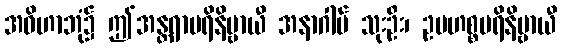
အဝိဟာဘုံ၌ ဤအန္တရာပရိနိဗ္ဗာယီ အနာဂါမ် သုးဦး၊ ဥပဟစ္စပရိနိဗ္ဗာယီ